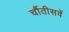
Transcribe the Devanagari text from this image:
चौंतीसवें